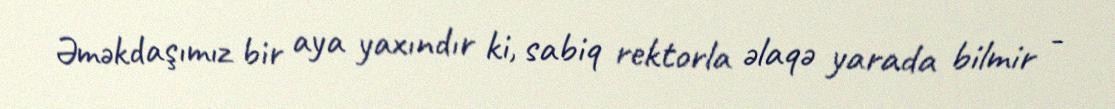
Əməkdaşımız bir aya yaxındır ki, sabiq rektorla əlaqə yarada bilmir -